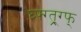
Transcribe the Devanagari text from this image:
घ्फ्ग्त्र्ग्फ्